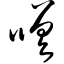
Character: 嗟